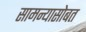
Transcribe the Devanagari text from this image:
सामन्यासोबत